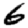
Digit: 6